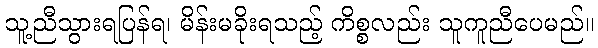
သူ့ညီသွားရပြန်ရ၊ မိန်းမခိုးရသည့် ကိစ္စလည်း သူကူညီပေမည်။